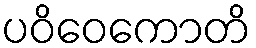
ပဝိဝေကောတိ